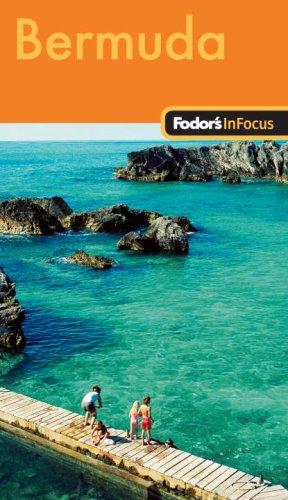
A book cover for Fodor's In Focus Bermuda, 1st Edition (Travel Guide); Fodor's; Travel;